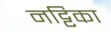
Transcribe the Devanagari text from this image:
नट्टिका